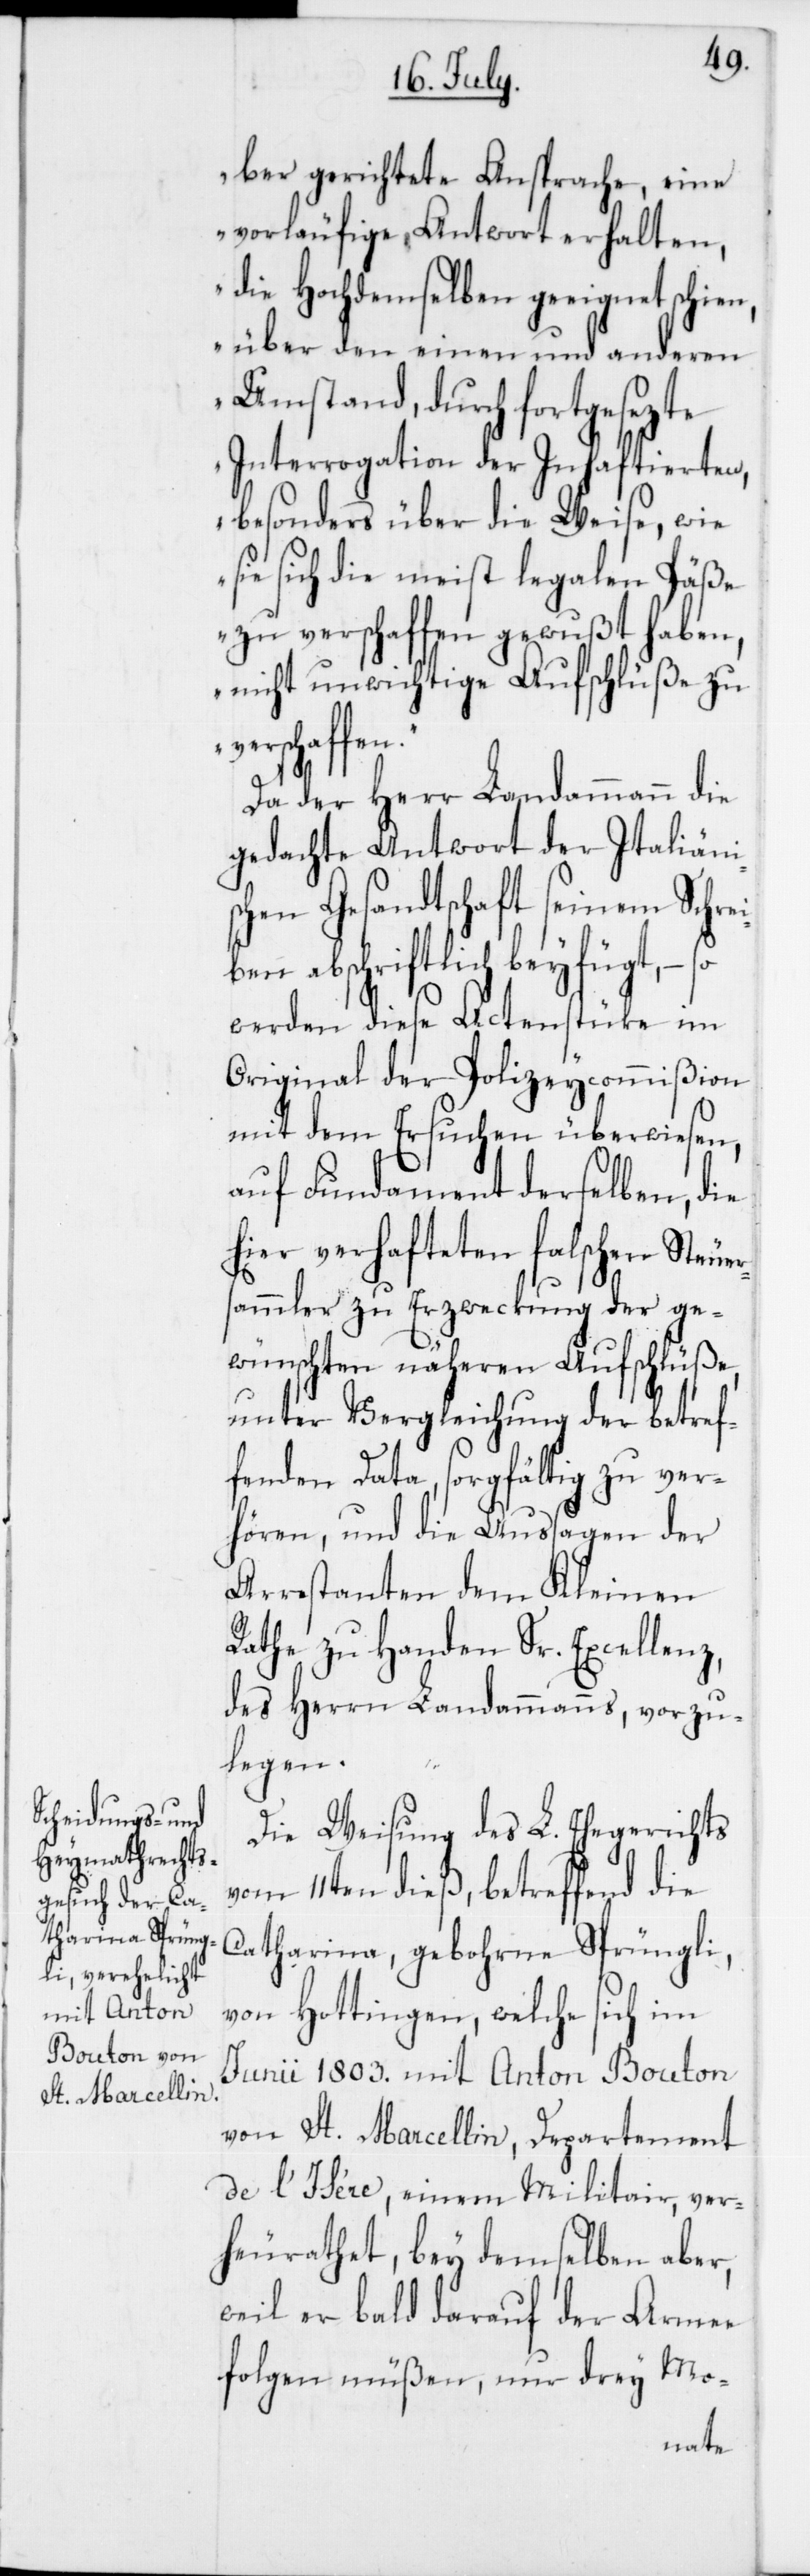
ber gerichtete Ansprache, eine
vorläufige Antwort erhalten,
die Hochdemselben geeignet schien,
über den einen und anderen
Umstand, durch fortgesezte
Interrogation der Inhaftierten,
besonders über die Weise, wie
sie sich die meist legalen Päße
zu verschaffen gewußt haben,
nicht unwichtige Aufschlüße zu
verschaffe¬
Da der Herr Landammann die
gedachte Antwort der Italienis¬
chen Gesandtschaft seinem Schrei¬
ben abschriftlich beyfügt, –
werden diese Actenstücke im
Original der Polizeycommißion
mit dem Ersuchen überwiesen,
auf Fundament derselben, die
hier verhafteten falschen Steue¬
ammler zu Erzweckung der ge¬
wünschten näheren Aufschlüße,
unter Vergleichung der betref¬
fenden Data, sorgfältig zu ver¬
hören, und die Aussagen der
Arrestanten dem Kleinen
Rathe zu Handen Sr. Excellenz,
des Herrn Landammanns, vorzu¬
rs¬
legen.
Die Weisung des L. Ehegerichts
vom 11ten dieß, betreffend die
Catharina geborne Sprüngli,
von Hottingen, welche sich im
Junii 1803 mit Anton Bouton
von St. Marcelin, Departement
de l’Isère, einem Militair, ver¬
heurathet, bey demselben aber,
weil er bald darauf der Armee
folgen müßen, nur drey Mo-